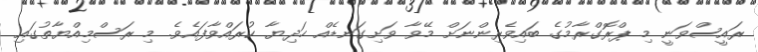
ރައީސްވަނީ މި ޕްރޮގްރާމުގެ ބައިވެރިންނަށް މޭވާ ވަށިގަނޑެއް ހަދިޔާ ކުރައްވާފައެވެ. މި ރަސްމިއްޔާތުގައި